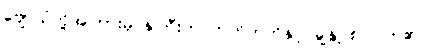
ဗျောသံတို့အကြားမှ နှဲကြီးက တတိတတိနှင့် ချွဲနွဲ့ စပြုလာ၏။